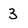
Character: 3